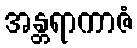
အန္တရာကာဇံ